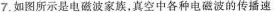
7.如图所示是电磁波家族，真空中各种电磁波的传播速